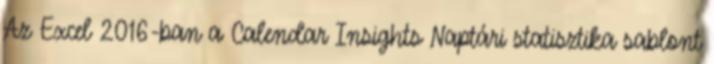
Az Excel 2016-ban a Calendar Insights Naptári statisztika sablont